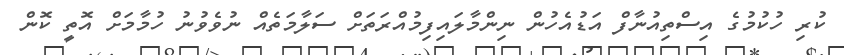
ކުރި ހުކުމުގެ އިސްތިއުނާފް އަޑުއެހުން ނިންމާލައިފިމުއްރަތަށް ސަލާމަތެއް ނުވެވުނު ހުމާމަށް އޮތީ ކޮން